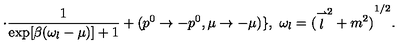
\cdot \frac { 1 } { \exp [ \beta ( \omega _ { l } - \mu ) ] + 1 } + ( p ^ { 0 } \to - p ^ { 0 } , \mu \to - \mu ) \} , \ \omega _ { l } = { ( { \stackrel { \rightharpoonup } { l } } ^ { 2 } + m ^ { 2 } ) } ^ { 1 / 2 } .